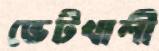
ভেটখালী